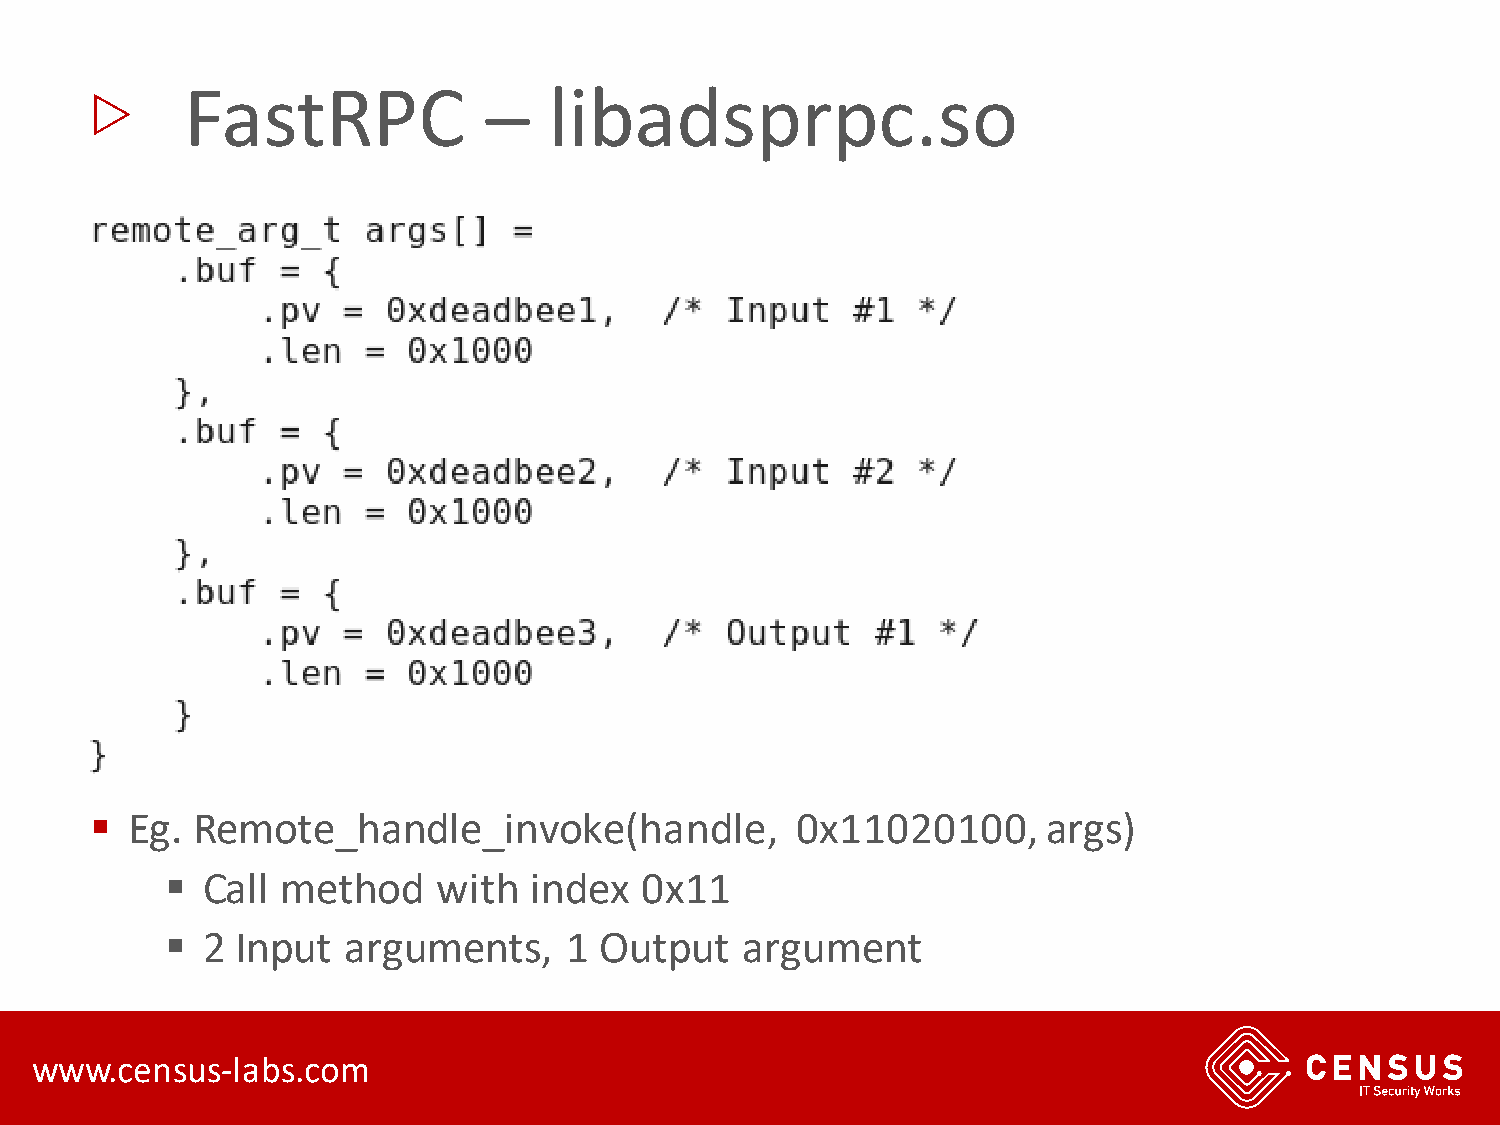
▷
 FastRPC             –   libadsprpc.so
 ▪ Eg.  Remote_handle_invoke(handle,            0x11020100,     args)
 ▪ Call  method    with  index  0x11
 ▪ 2  Input  arguments,     1 Output   argument
 www.census-labs.com